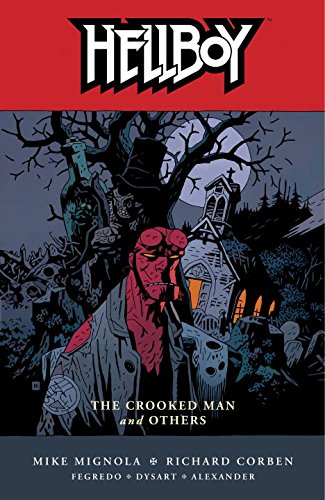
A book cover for Hellboy, Vol. 10: The Crooked Man and Others; Mike Mignola; Comics & Graphic Novels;